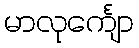
မာလုင်္ကျော